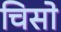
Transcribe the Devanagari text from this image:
चिसो